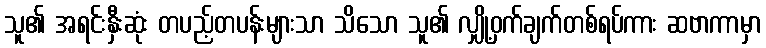
သူ၏ အရင်းနှီးဆုံး တပည့်တပန်းများသာ သိသော သူ၏ လျှို့ဝှက်ချက်တစ်ရပ်ကား ဆဗာကာမှာ